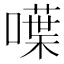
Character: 𠿚